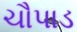
ચૌપાડ